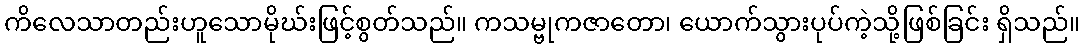
ကိလေသာတည်းဟူသောမိုဃ်းဖြင့်စွတ်သည်။ ကသမ္ဗုကဇာတော၊ ယောက်သွားပုပ်ကဲ့သို့ဖြစ်ခြင်း ရှိသည်။